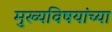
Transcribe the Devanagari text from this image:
मुख्यविषयांच्या